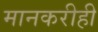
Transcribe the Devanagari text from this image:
मानकरीही